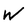
Character: W